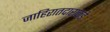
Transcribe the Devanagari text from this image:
जाहिरातदाराकडे